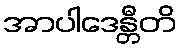
အာပါဒေန္တီတိ